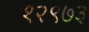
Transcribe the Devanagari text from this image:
१२९७३